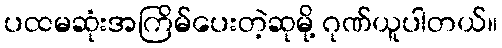
ပထမဆုံးအကြိမ်ပေးတဲ့ဆုမို့ ဂုဏ်ယူပါတယ်။